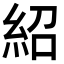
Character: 紹